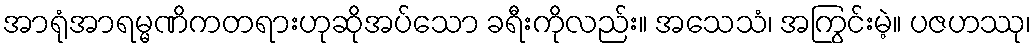
အာရုံအာရမ္မဏိကတရားဟုဆိုအပ်သော ခရီးကိုလည်း။ အသေသံ၊ အကြွင်းမဲ့။ ပဇဟဿု၊